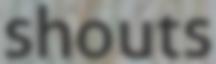
shouts